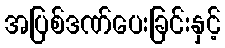
အပြစ်ဒဏ်ပေးခြင်းနှင့်